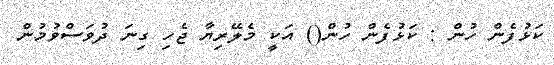
ކަޅުފެން ހުން : ކަޅުފެން ހުން() އަކީ މެލޭރިޔާ ޖެހި ގިނަ ދުވަސްވުމުން